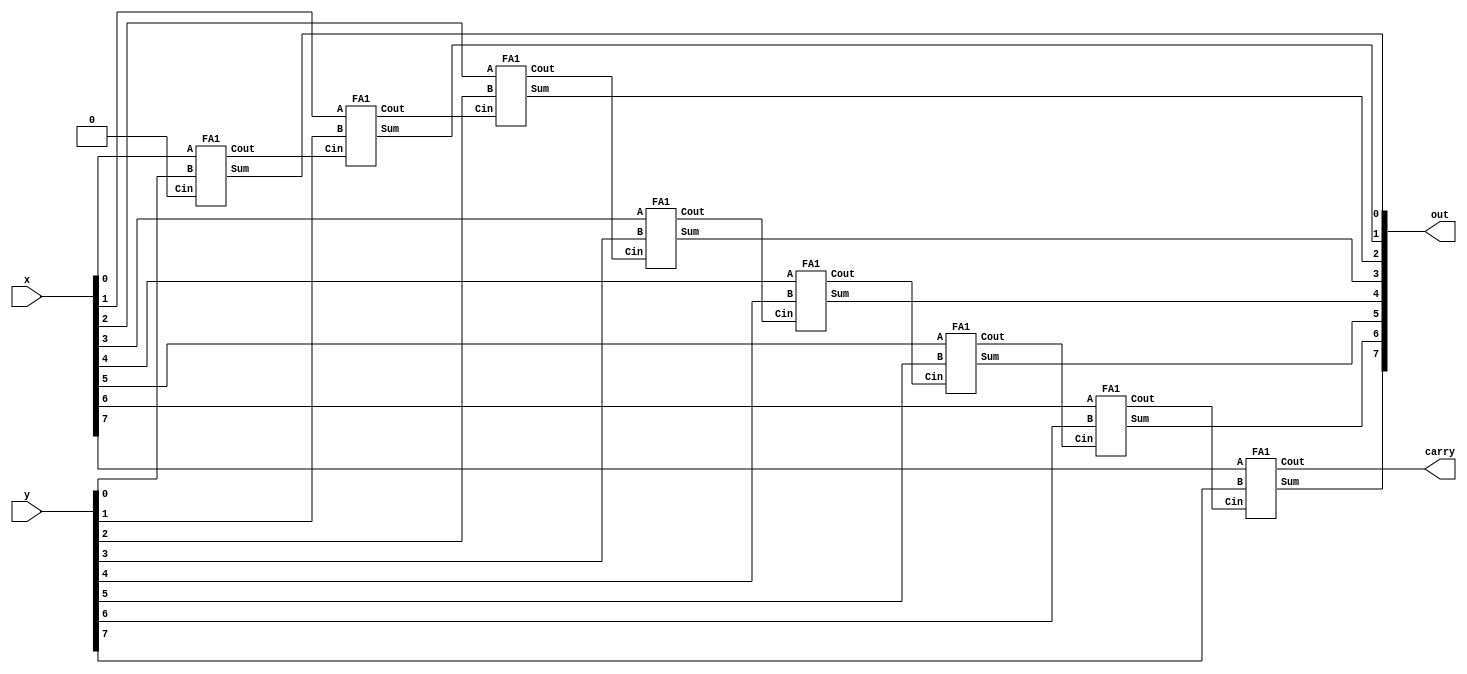
// Carry Ripple Adder (8-bit)
module adder_gate(x, y, carry, out);
    input [7:0] x, y;
    output carry;
    output [7:0] out;

    /*Write your code here*/

    wire Co[0:8];
    // set Cin to 0
    assign Co[0] = 1'b0;

	genvar i;
	generate
		for (i = 0; i <= 7; i = i + 1) begin
			FA1 adder(Co[i+1], out[i], x[i], y[i], Co[i]);
		end
	endgenerate

	assign carry = Co[8];
    /*End of code*/

endmodule

// Full Adder (1-bit)
module FA1(Cout, Sum, A, B, Cin);
    input A, B, Cin;
	output Cout, Sum;

    wire t[0:2];

    and #1 and0(t[0], A, B);
    and #1 and1(t[1], B, Cin);
    and #1 and2(t[2], Cin, A);
    or #1 or0(Cout, t[0], t[1], t[2]);
    xor #1 xor0(Sum, A, B, Cin);
endmodule